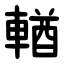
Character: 輶